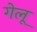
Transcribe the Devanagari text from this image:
गेलू